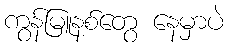
ကွန်မြူနစ်တွေ နေမှာပဲ